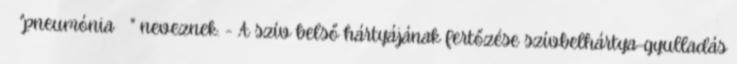
"pneumónia " neveznek. - A szív belső hártyájának fertőzése szívbelhártya-gyulladás